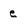
Character: e